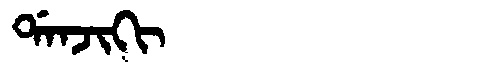
Manchu: ᡩᠠᠨᠵᡳᡴᡳ
Romanization: DANJIKI